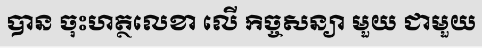
បាន ចុះហត្ថលេខា លើ កិច្ចសន្យា មួយ ជាមួយ